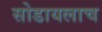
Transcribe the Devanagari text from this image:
सोडायलाच